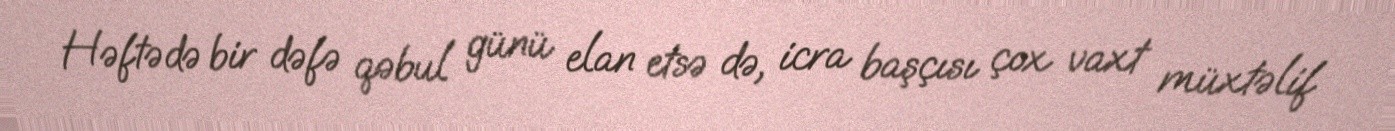
Həftədə bir dəfə qəbul günü elan etsə də, icra başçısı çox vaxt müxtəlif